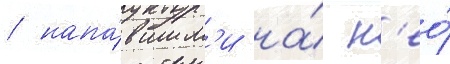
/ напа́вшим'и на́ н'ео́